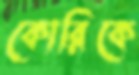
কোরিকে